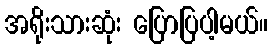
အရိုးသားဆုံး ပြောပြပါ့မယ်။